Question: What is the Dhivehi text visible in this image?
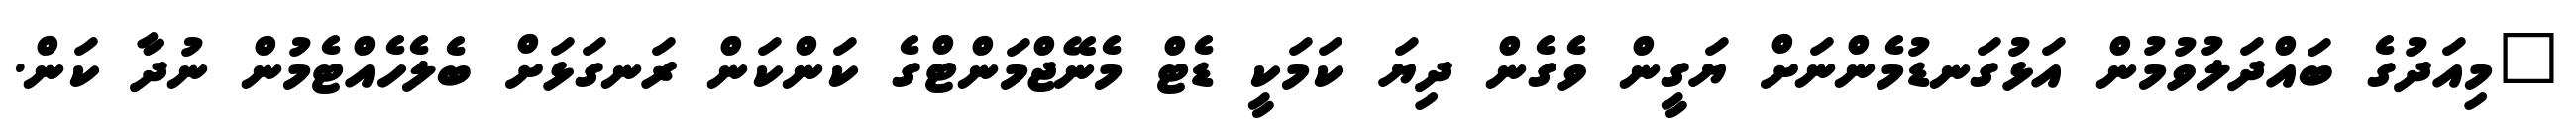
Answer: "މިއަދުގެ ބައްދަލުވުމުން އަޅުގަނޑުމެންނަށް ޔަގީން ވެގެން ދިޔަ ކަމަކީ ޑެޓް މެނޭޖްމަންޓްގެ ކަންކަން ރަނގަޅަށް ބެލެހެއްޓެމުން ނުދާ ކަން.